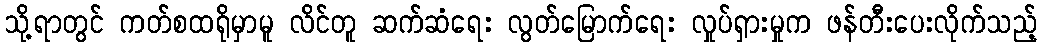
သို့ရာတွင် ကတ်စထရိုမှာမူ လိင်တူ ဆက်ဆံရေး လွတ်မြောက်ရေး လှုပ်ရှားမှုက ဖန်တီးပေးလိုက်သည့်